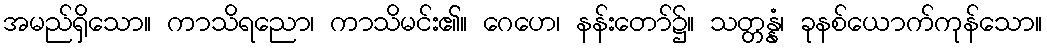
အမည်ရှိသော။ ကာသိရညော၊ ကာသိမင်း၏။ ဂေဟေ၊ နန်းတော်၌။ သတ္တန္နံ၊ ခုနစ်ယောက်ကုန်သော။